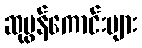
ဆုမွန်ကောင်းများ